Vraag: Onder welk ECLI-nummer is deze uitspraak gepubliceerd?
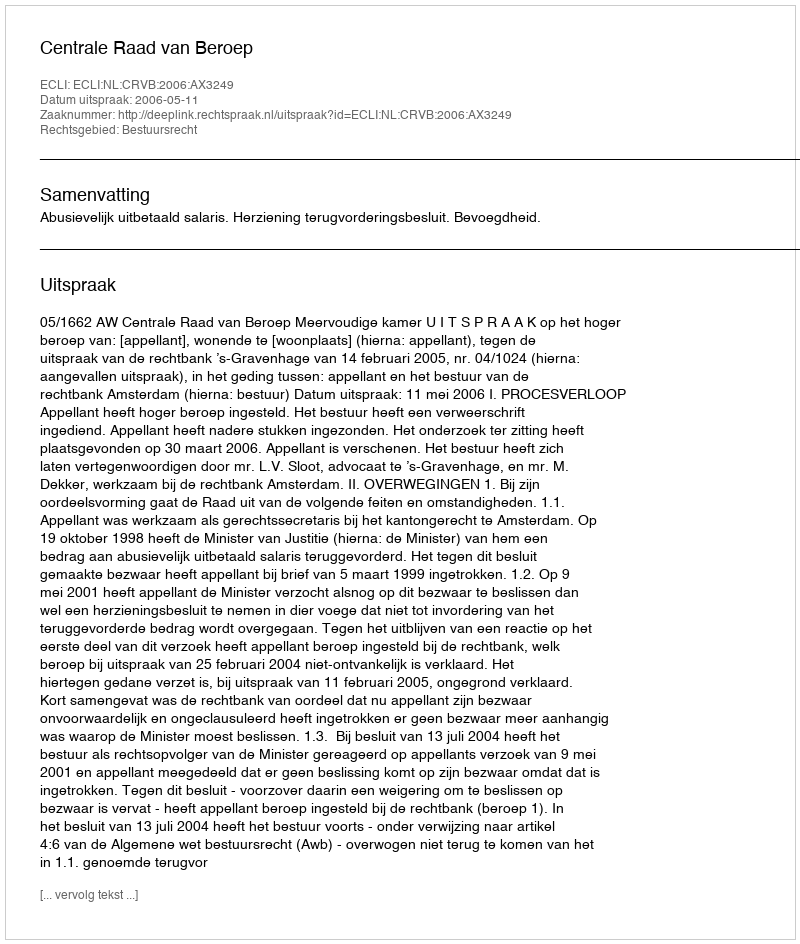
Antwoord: ECLI:NL:CRVB:2006:AX3249